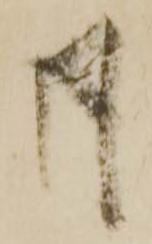
月